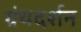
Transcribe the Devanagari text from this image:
ग्रंथदर्शन